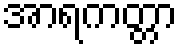
အာရကတ္တာ